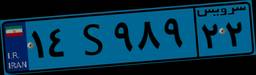
۴۹S۶۴۴۴۸